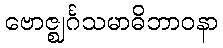
ဗောဇ္ဈင်္ဂသမာဓိဘာဝနာ